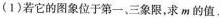
(1)若它的图象位于第一、三象限，求m的值.